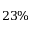
2 3 \%